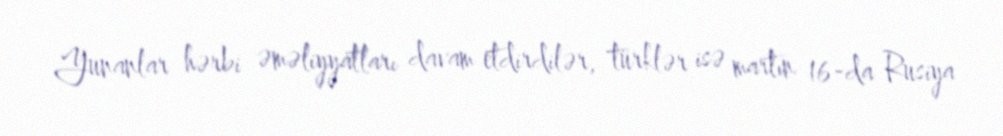
Yunanlar hərbi əməliyyatları davam etdirdilər, türklər isə martın 16-da Rusiya